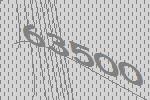
63500